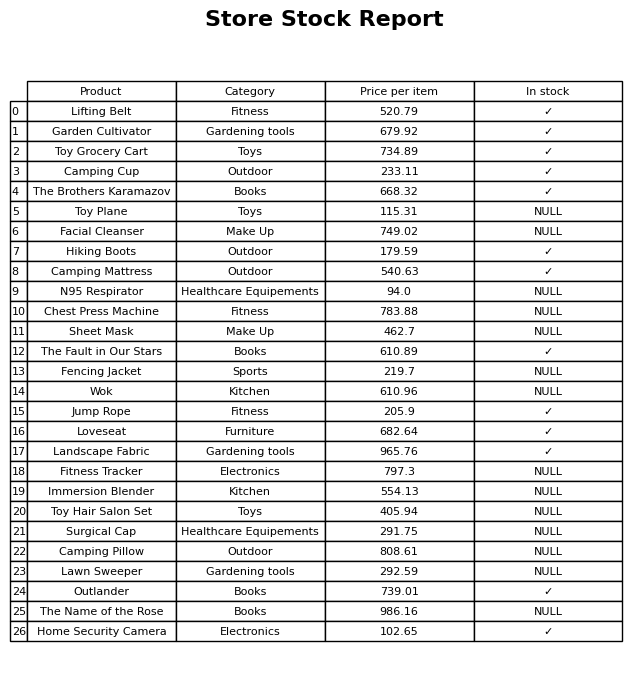
question: Which products are available in stock?
answer: Lifting Belt, Garden Cultivator, Toy Grocery Cart, Camping Cup, The Brothers Karamazov, Hiking Boots, Camping Mattress, The Fault in Our Stars, Jump Rope, Loveseat, Landscape Fabric, Outlander, Home Security Camera